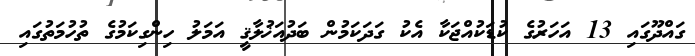
ގައްދޫގައި 13 އަހަރުގެ ކުޑަކުއްޖަކާ އެކު ގަދަކަމުން ބަދުއަޚުލާޤީ އަމަލު ހިންގިކަމުގެ ތުހުމަތުގައި